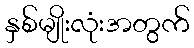
နှစ်မျိုးလုံးအတွက်